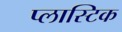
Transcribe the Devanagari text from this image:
प्‍लास्‍टिक